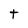
Character: t